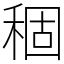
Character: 稒